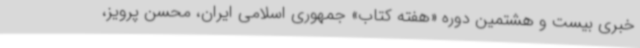
خبری بیست و هشتمین دوره «هفته کتاب» جمهوری اسلامی ایران، محسن پرویز،